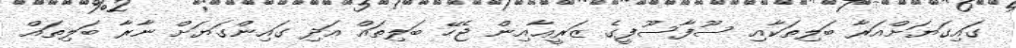
ގައިގަޔަށްއަރާ ބަލިތަކާއި ސޫފާސޫފީގެ ޒަރީޢާއިން ޖެހޭ ބަލިތައް އަދި ގައިންގަޔަށް ނާރާ ބަލިތައް